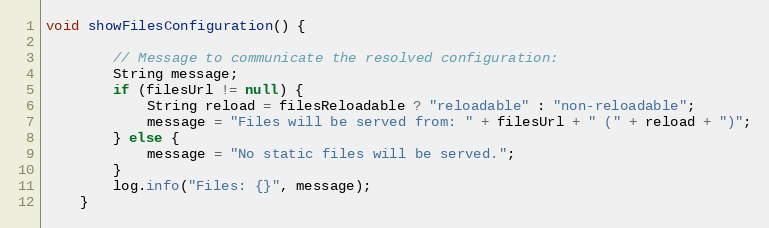
Language: Java
void showFilesConfiguration() {

        // Message to communicate the resolved configuration:
        String message;
        if (filesUrl != null) {
            String reload = filesReloadable ? "reloadable" : "non-reloadable";
            message = "Files will be served from: " + filesUrl + " (" + reload + ")";
        } else {
            message = "No static files will be served.";
        }
        log.info("Files: {}", message);
    }